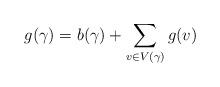
LaTeX: \begin{align*} g(\gamma) = b(\gamma) + \sum_{v \in V(\gamma)} g(v)\end{align*}